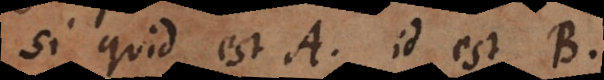
si quid est A, id est B.